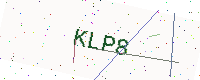
Text: KLP8